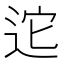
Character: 迱